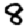
Digit: 8